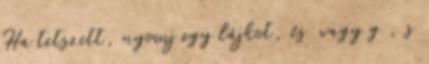
Ha tetszett, nyomj egy lájkot, és vagy g , s